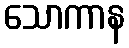
သောကာန